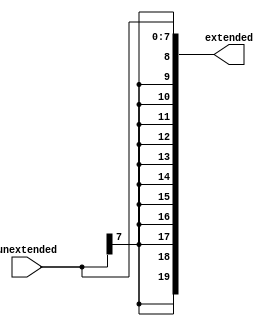
`timescale 1ns / 1ps
//////////////////////////////////////////////////////////////////////////////////
// Company: 
// Engineer: 
// 
// Design Name: 
// Module Name:    Extend 
// Project Name: 
// Target Devices: 
// Tool versions: 
// Description: 
//
// Dependencies: 
//
// Revision: 
// Revision 0.01 - File Created
// Additional Comments: 
//
//////////////////////////////////////////////////////////////////////////////////
module Extend(
		input [7:0] unextended,
		output reg [19:0] extended
    );
	 
	 always @ (*)
	 begin
		extended[19:0] <= { {12{unextended[7]}}, unextended[7:0] };
	 end


endmodule